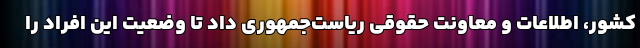
کشور، اطلاعات و معاونت حقوقی ریاست‌جمهوری داد تا وضعیت این افراد را